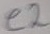
Text: e2